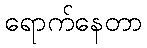
ရောက်နေတာ